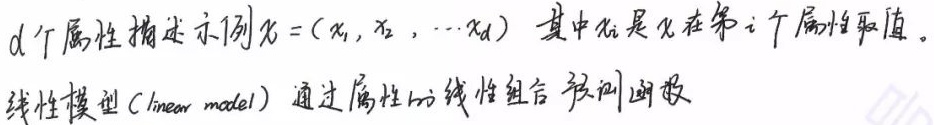
$d$个属性描述示例$x = (x_1, x_2, \cdots x_d)$，其中$x_i$是$x$在第$i$个属性取值。线性模型（linear model）通过属性的线性组合预测函数